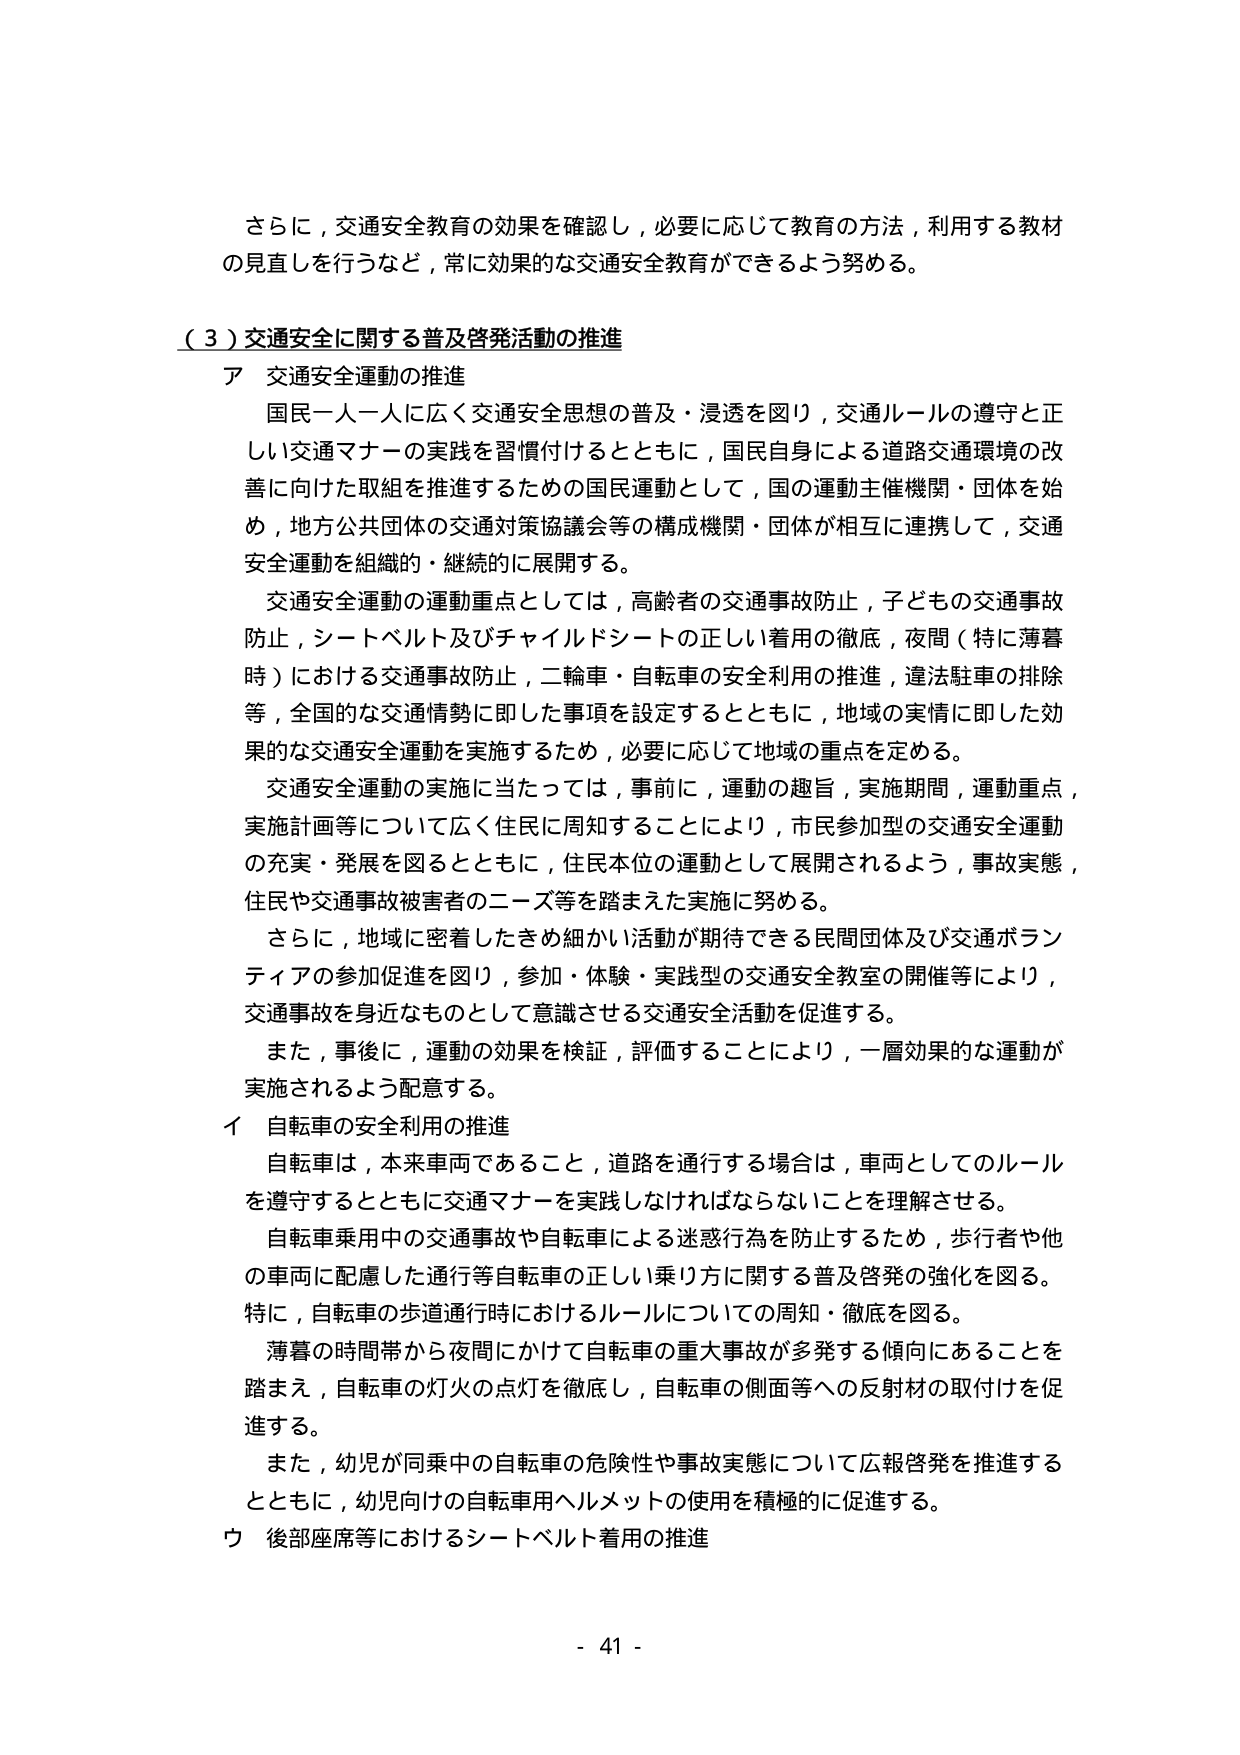
さらに，交通安全教育の効果を確認し，必要に応じて教育の方法，利用する教材の見直しを行うなど，常に効果的な交通安全教育ができるよう努める。

（３）交通安全に関する普及啓発活動の推進

ア 交通安全運動の推進

国民一人一人に広く交通安全思想の普及・浸透を図り，交通ルールの遵守と正しい交通マナーの実践を習慣付けるとともに，国民自身による道路交通環境の改善に向けた取組を推進するための国民運動として，国の運動主催機関・団体を始め，地方公共団体の交通対策協議会等の構成機関・団体が相互に連携して，交通安全運動を組織的・継続的に展開する。

交通安全運動の運動重点としては，高齢者の交通事故防止，子どもの交通事故防止，シートベルト及びチャイルドシートの正しい着用の徹底，夜間（特に薄暮時）における交通事故防止，二輪車・自転車の安全利用の推進，違法駐車の排除等，全国的な交通情勢に即した事項を設定するとともに，地域の実情に即した効果的な交通安全運動を実施するため，必要に応じて地域の重点を定める。

交通安全運動の実施に当たっては，事前に，運動の趣旨，実施期間，運動重点，実施計画等について広く住民に周知することにより，市民参加型の交通安全運動の充実・発展を図るとともに，住民本位の運動として展開されるよう，事故実態，住民や交通事故被害者のニーズ等を踏まえた実施に努める。

さらに，地域に密着したきめ細かい活動が期待できる民間団体及び交通ボランティアの参加促進を図り，参加・体験・実践型の交通安全教室の開催等により，交通事故を身近なものとして意識させる交通安全活動を促進する。

また，事後に，運動の効果を検証，評価することにより，一層効果的な運動が実施されるよう配意する。

イ 自転車の安全利用の推進

自転車は，本来車両であること，道路を通行する場合は，車両としてのルールを遵守するとともに交通マナーを実践しなければならないことを理解させる。

自転車乗用中の交通事故や自転車による迷惑行為を防止するため，歩行者や他の車両に配慮した通行等自転車の正しい乗り方に関する普及啓発の強化を図る。特に，自転車の歩道通行時におけるルールについての周知・徹底を図る。

薄暮の時間帯から夜間にかけて自転車の重大事故が多発する傾向にあることを踏まえ，自転車の灯火の点灯を徹底し，自転車の側面等への反射材の取付けを促進する。

また，幼児が同乗中の自転車の危険性や事故実態について広報啓発を推進するとともに，幼児向けの自転車用ヘルメットの使用を積極的に促進する。

ウ 後部座席等におけるシートベルト着用の推進

- 41 -